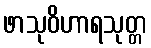
ဖာသုဝိဟာရသုတ္တ